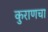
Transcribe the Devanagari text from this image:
कुराणचा